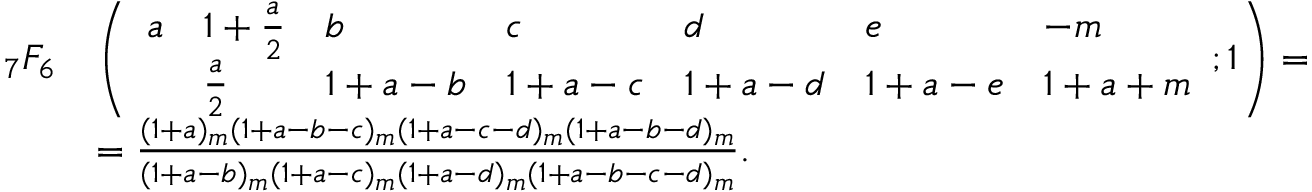
{ \begin{array} { r l } { _ { 7 } F _ { 6 } } & { \left( { \begin{array} { l l l l l l l } { a } & { 1 + { \frac { a } { 2 } } } & { b } & { c } & { d } & { e } & { - m } \\ & { { \frac { a } { 2 } } } & { 1 + a - b } & { 1 + a - c } & { 1 + a - d } & { 1 + a - e } & { 1 + a + m } \end{array} } ; 1 \right) = } \\ & { = { \frac { ( 1 + a ) _ { m } ( 1 + a - b - c ) _ { m } ( 1 + a - c - d ) _ { m } ( 1 + a - b - d ) _ { m } } { ( 1 + a - b ) _ { m } ( 1 + a - c ) _ { m } ( 1 + a - d ) _ { m } ( 1 + a - b - c - d ) _ { m } } } . } \end{array} }